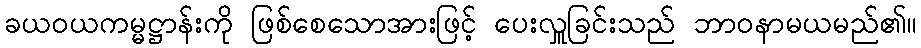
ခယဝယကမ္မဋ္ဌာန်းကို ဖြစ်စေသောအားဖြင့် ပေးလှူခြင်းသည် ဘာဝနာမယမည်၏။